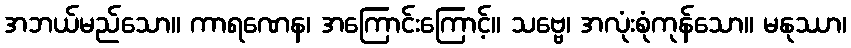
အဘယ်မည်သော။ ကာရဏေန၊ အကြောင်းကြောင့်။ သဗ္ဗေ၊ အလုံးစုံကုန်သော။ မနုဿာ၊